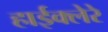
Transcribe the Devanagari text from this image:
हाईक्लेरे